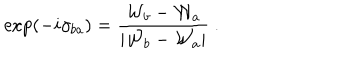
\exp ( - i \gamma _ { b a } ) = { \frac { { \cal W } _ { b } - { \cal W } _ { a } } { | { \cal W } _ { b } - { \cal W } _ { a } | } } ~ .